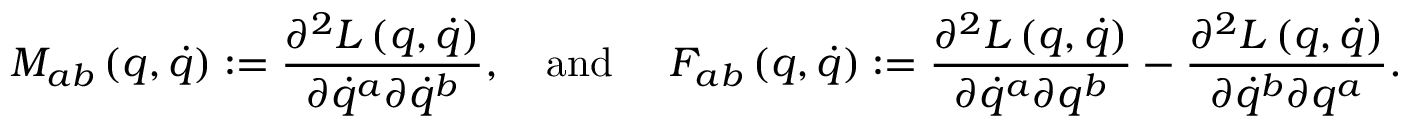
M _ { a b } \left( q , \dot { q } \right) : = \frac { \partial ^ { 2 } L \left( q , \dot { q } \right) } { \partial \dot { q } ^ { a } \partial \dot { q } ^ { b } } , \quad \mathrm { a n d ~ } \quad F _ { a b } \left( q , \dot { q } \right) : = \frac { \partial ^ { 2 } L \left( q , \dot { q } \right) } { \partial \dot { q } ^ { a } \partial q ^ { b } } - \frac { \partial ^ { 2 } L \left( q , \dot { q } \right) } { \partial \dot { q } ^ { b } \partial q ^ { a } } .